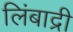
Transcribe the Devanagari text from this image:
लिंबाद्री